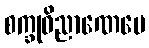
စက္ခုဝိညာဏေပေ